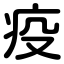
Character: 疫